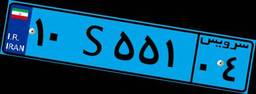
۱۰S۵۵۱۰۴